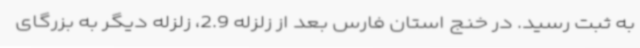
به ثبت رسید. در خنج استان فارس بعد از زلزله 2.9، زلزله دیگر به بزرگای